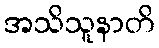
အသိသူနာတိ